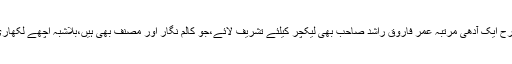
اس طرح ایک آدھی مرتبہ عمر فاروق راشد صاحب بھی لیکچر کیلئے تشریف لائے،جو کالم نگار اور مصنف بھی ہیں،بلاشبہ اچھے لکھاری ہیں۔